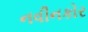
નવીનકોર